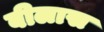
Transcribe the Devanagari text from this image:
बीलास